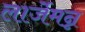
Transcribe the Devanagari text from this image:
लार्जेमन्न